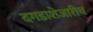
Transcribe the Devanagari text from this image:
दगडाशेजारीच